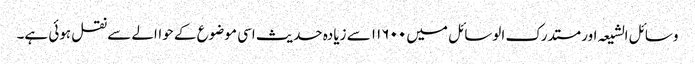
وسائل الشیعہ اور مستدرک الوسائل میں ۱۱۶۰۰ سے زیادہ حدیث اسی موضوع کے حواالے سے نقل ہوئی ہے۔